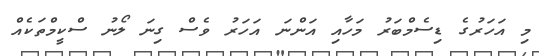
މި އަހަރުގެ ޑިސެމްބަރު މަހާއި އަންނަ އަހަރު ވެސް ގިނަ ލޯނު ސްކީމްތަކެއް